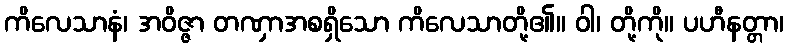
ကိလေသာနံ၊ အဝိဇ္ဇာ တဏှာအစရှိသော ကိလေသာတို့၏။ ဝါ၊ တို့ကို။ ပဟီနတ္တာ၊